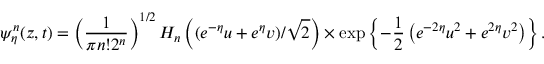
\psi _ { \eta } ^ { n } ( z , t ) = \left( { \frac { 1 } { \pi n ! 2 ^ { n } } } \right) ^ { 1 / 2 } H _ { n } \left( ( e ^ { - \eta } u + e ^ { \eta } v ) / \sqrt { 2 } \right) \times \exp \left\{ - { \frac { 1 } { 2 } } \left( e ^ { - 2 \eta } u ^ { 2 } + e ^ { 2 \eta } v ^ { 2 } \right) \right\} .